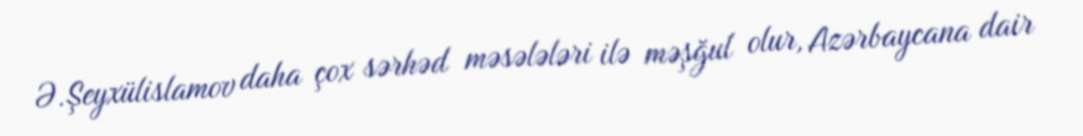
Ə.Şeyxülislamov daha çox sərhəd məsələləri ilə məşğul olur, Azərbaycana dair